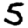
Digit: 5